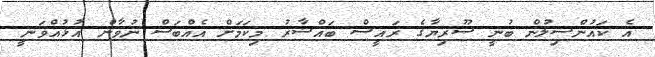
އެ ކައުންސިލުން ބުނީ ސޫރިޔާގެ ރައީސް ބައްޝާރު މިކަމަށް އެއްބަސް ނުވާން އުޅުއްވަނީ